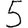
Digit: 5